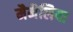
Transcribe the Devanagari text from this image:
मैमैलिया